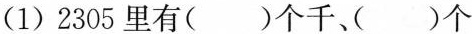
(1)2305里有( )个千、( )个